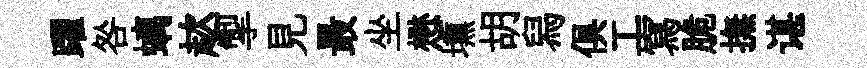
躍咎螭趑掣見最坐懋壎胡舄俱工寫脆撫谌